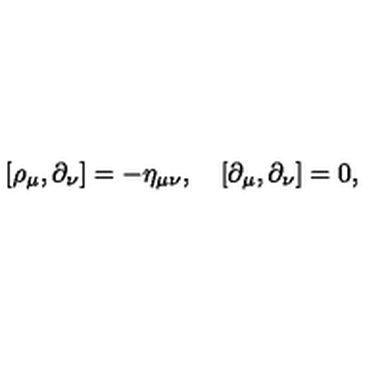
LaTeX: [ \rho _ { \mu } , \partial _ { \nu } ] = - \eta _ { \mu \nu } , \quad [ \partial _ { \mu } , \partial _ { \nu } ] = 0 ,